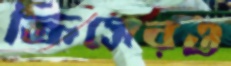
ক্রিসেরও